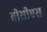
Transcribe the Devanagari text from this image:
बीसीएस